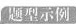
题型示例